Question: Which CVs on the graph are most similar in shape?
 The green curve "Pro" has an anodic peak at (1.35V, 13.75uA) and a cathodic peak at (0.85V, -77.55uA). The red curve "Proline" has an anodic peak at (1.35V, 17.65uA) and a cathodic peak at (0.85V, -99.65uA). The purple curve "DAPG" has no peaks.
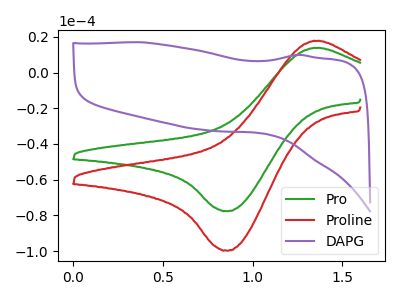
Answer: <think>All the peaks in "Pro" have a peak in "Proline" at the same potential. Every peak in "Pro" is lower than every peak in "Proline". "Pro" and "DAPG" have a different number of peaks. "Proline" and "DAPG" have a different number of peaks.
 </think>
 <answer>"Pro" and "Proline" have the same shape and are likely CV's of the same chemical.</answer>
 <eval>"Pro" "Proline"</eval>